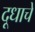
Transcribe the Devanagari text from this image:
दूधाचे